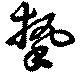
撃